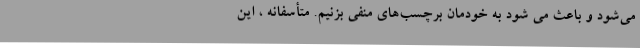
می‌شود و باعث می شود به خودمان برچسب‌های منفی بزنیم. متأسفانه ، این